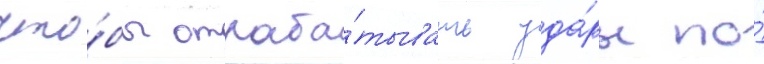
что́бы отраба́тывать уда́ры по́